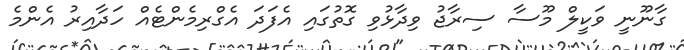
ގާނޫނީ ވަކީލް މޫސާ ސިރާޖު ވިދާޅުވި ގޮތުގައި އެފަދަ އެގްރިމެންޓެއް ހަދާއިރު އެންމެ